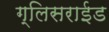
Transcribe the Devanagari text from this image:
ग्लिसराईड